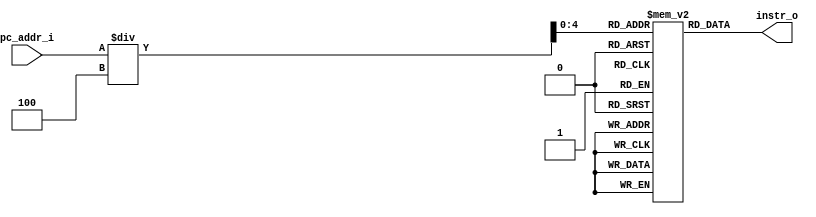
`timescale 1ns / 1ps
//////////////////////////////////////////////////////////////////////////////////
// Company: 
// Engineer: 
// 
// Design Name: 
// Module Name:    Instr_Memory 
// Project Name: 
// Target Devices: 
// Tool versions: 
// Description: 
//
// Dependencies: 
//
// Revision: 
// Revision 0.01 - File Created
// Additional Comments: 
//
//////////////////////////////////////////////////////////////////////////////////
module Instr_Memory(
		 pc_addr_i,
		instr_o
);
     
//I/O ports
		input  [32-1:0]  pc_addr_i;
		output [32-1:0]	 instr_o;

//Internal Signals
		reg    [32-1:0]	 instr_o;
		integer          i;

//32 words Memory
		reg    [32-1:0]  Instr_Mem [0:32-1];

//Parameter
    
//Main function
		always @(pc_addr_i) instr_o = Instr_Mem[pc_addr_i/4];

//Initial Memory Contents
		initial 
		begin
				for ( i=0; i<32; i=i+1 )
						Instr_Mem[i] = 32'b0;		
		end
endmodule